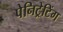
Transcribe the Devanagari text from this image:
पेनिट्रेटिंग